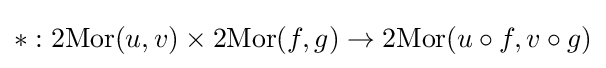
*:\operatorname {2Mor} (u,v)\times \operatorname {2Mor} (f,g)\to \operatorname {2Mor} (u\circ f,v\circ g)